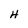
Character: H